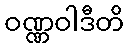
ဝဏ္ဏဝါဒီတိ